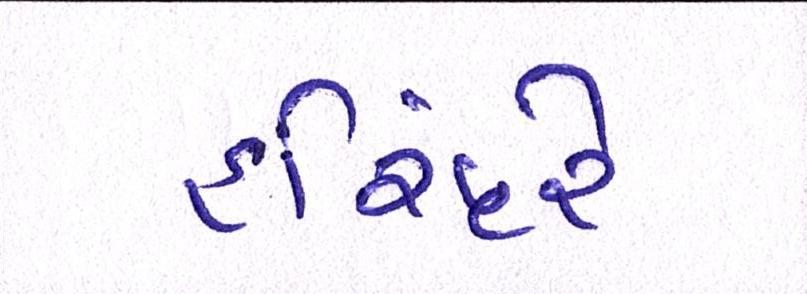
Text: હરિંદરે